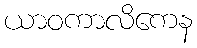
ယာဝကာလိကေန